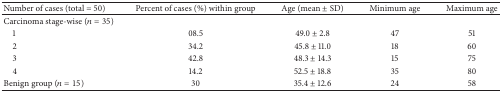
<table><thead><tr><td><b>Number of cases (total = 50)</b></td><td><b>Percent of cases (%) within group</b></td><td><b>Age (mean ± SD)</b></td><td><b>Minimum age</b></td><td><b>Maximum age</b></td></tr></thead><tbody><tr><td>Carcinoma stage-wise (<i>n</i> = 35)</td><td> </td><td> </td><td> </td><td> </td></tr><tr><td> 1</td><td>08.5</td><td>49.0 ± 2.8</td><td>47</td><td>51</td></tr><tr><td> 2</td><td>34.2</td><td>45.8 ± 11.0</td><td>18</td><td>60</td></tr><tr><td> 3</td><td>42.8</td><td>48.3 ± 14.3</td><td>15</td><td>75</td></tr><tr><td> 4</td><td>14.2</td><td>52.5 ± 18.8</td><td>35</td><td>80</td></tr><tr><td>Benign group (<i>n</i> = 15)</td><td>30</td><td>35.4 ± 12.6</td><td>24</td><td>58</td></tr></tbody></table>